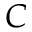
C